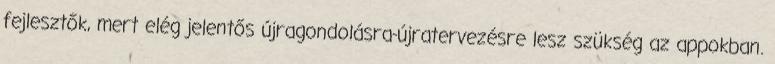
fejlesztők, mert elég jelentős újragondolásra-újratervezésre lesz szükség az appokban.